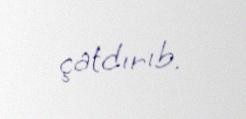
çatdırıb.